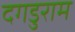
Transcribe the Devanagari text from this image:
दगडुराम